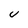
Character: U